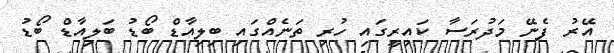
އޭރު ފެނޭ މަދުރަސާ ކައިރީގައި ހުރި ތަނެއްގައި ބިލިއާޑް ބޯޑު ބަލިއާޑް ބޯޑު